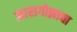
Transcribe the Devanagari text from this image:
झारागोझाचा